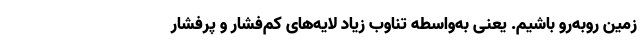
زمین روبه‌رو باشیم. یعنی به‌واسطه تناوب زیاد لایه‌های کم‌فشار و پرفشار